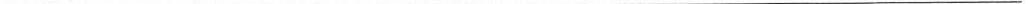
___